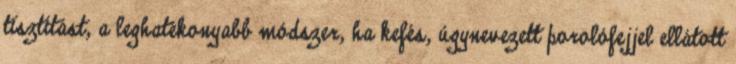
tisztítást, a leghatékonyabb módszer, ha kefés, úgynevezett porolófejjel ellátott